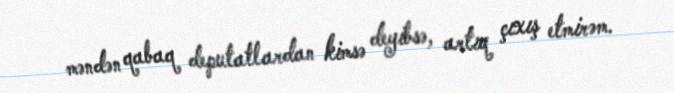
məndən qabaq deputatlardan kimsə deyibsə, artıq çıxış etmirəm.